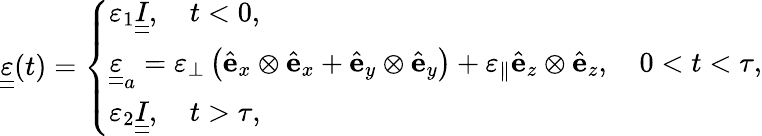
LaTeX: \begin{array}{r}{\underline{{\underline{\varepsilon}}}(t)=\left\{ \begin{array}{ll}{\varepsilon_{1}\underline{{\underline{I}}},\quad t<0,}\\ {\underline{{\underline{{\varepsilon}}}}_{a}=\varepsilon_{\perp}\left({\hat{\mathbf e}}_{x}\otimes{\hat{\mathbf e}}_{x}+{\hat{\mathbf e}}_{y}\otimes{\hat{\mathbf e}}_{y}\right)+\varepsilon_{\parallel}{\hat{\mathbf e}}_{z}\otimes{\hat{\mathbf e}}_{z},\quad 0<t<\tau,}\\ {\varepsilon_{2}\underline{{\underline{I}}},\quad t>\tau,}\end{array}\right.}\end{array}